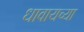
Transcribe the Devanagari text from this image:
धावायच्या